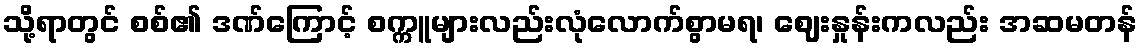
သို့ရာတွင် စစ်၏ ဒဏ်ကြောင့် စက္ကူများလည်းလုံလောက်စွာမရ၊ ဈေးနှုန်းကလည်း အဆမတန်